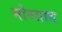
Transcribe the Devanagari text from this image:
मोस्साद